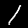
Label: 1